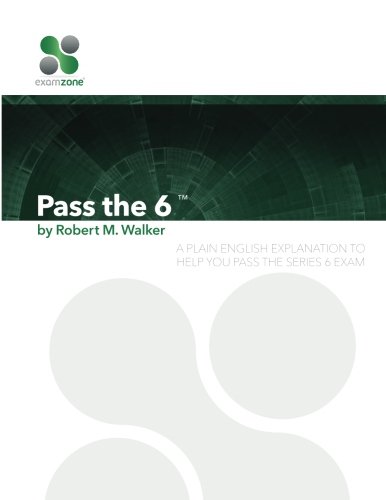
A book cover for Pass The 6 - 2015: A Plain English Explanation To Help You Pass The Series 6 Exam; Robert M. Walker; Test Preparation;